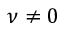
\nu \ne 0